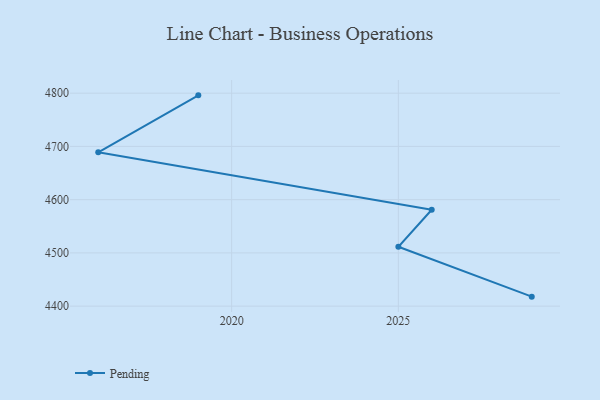
{"axis": {"x": "Year", "y": "Demand Index"}, "legend": ["Pending"], "data": [{"x": "2029", "y": 4417.8, "type": "Pending"}, {"x": "2025", "y": 4511.6, "type": "Pending"}, {"x": "2026", "y": 4581.1, "type": "Pending"}, {"x": "2016", "y": 4689.0, "type": "Pending"}, {"x": "2019", "y": 4795.9, "type": "Pending"}]}